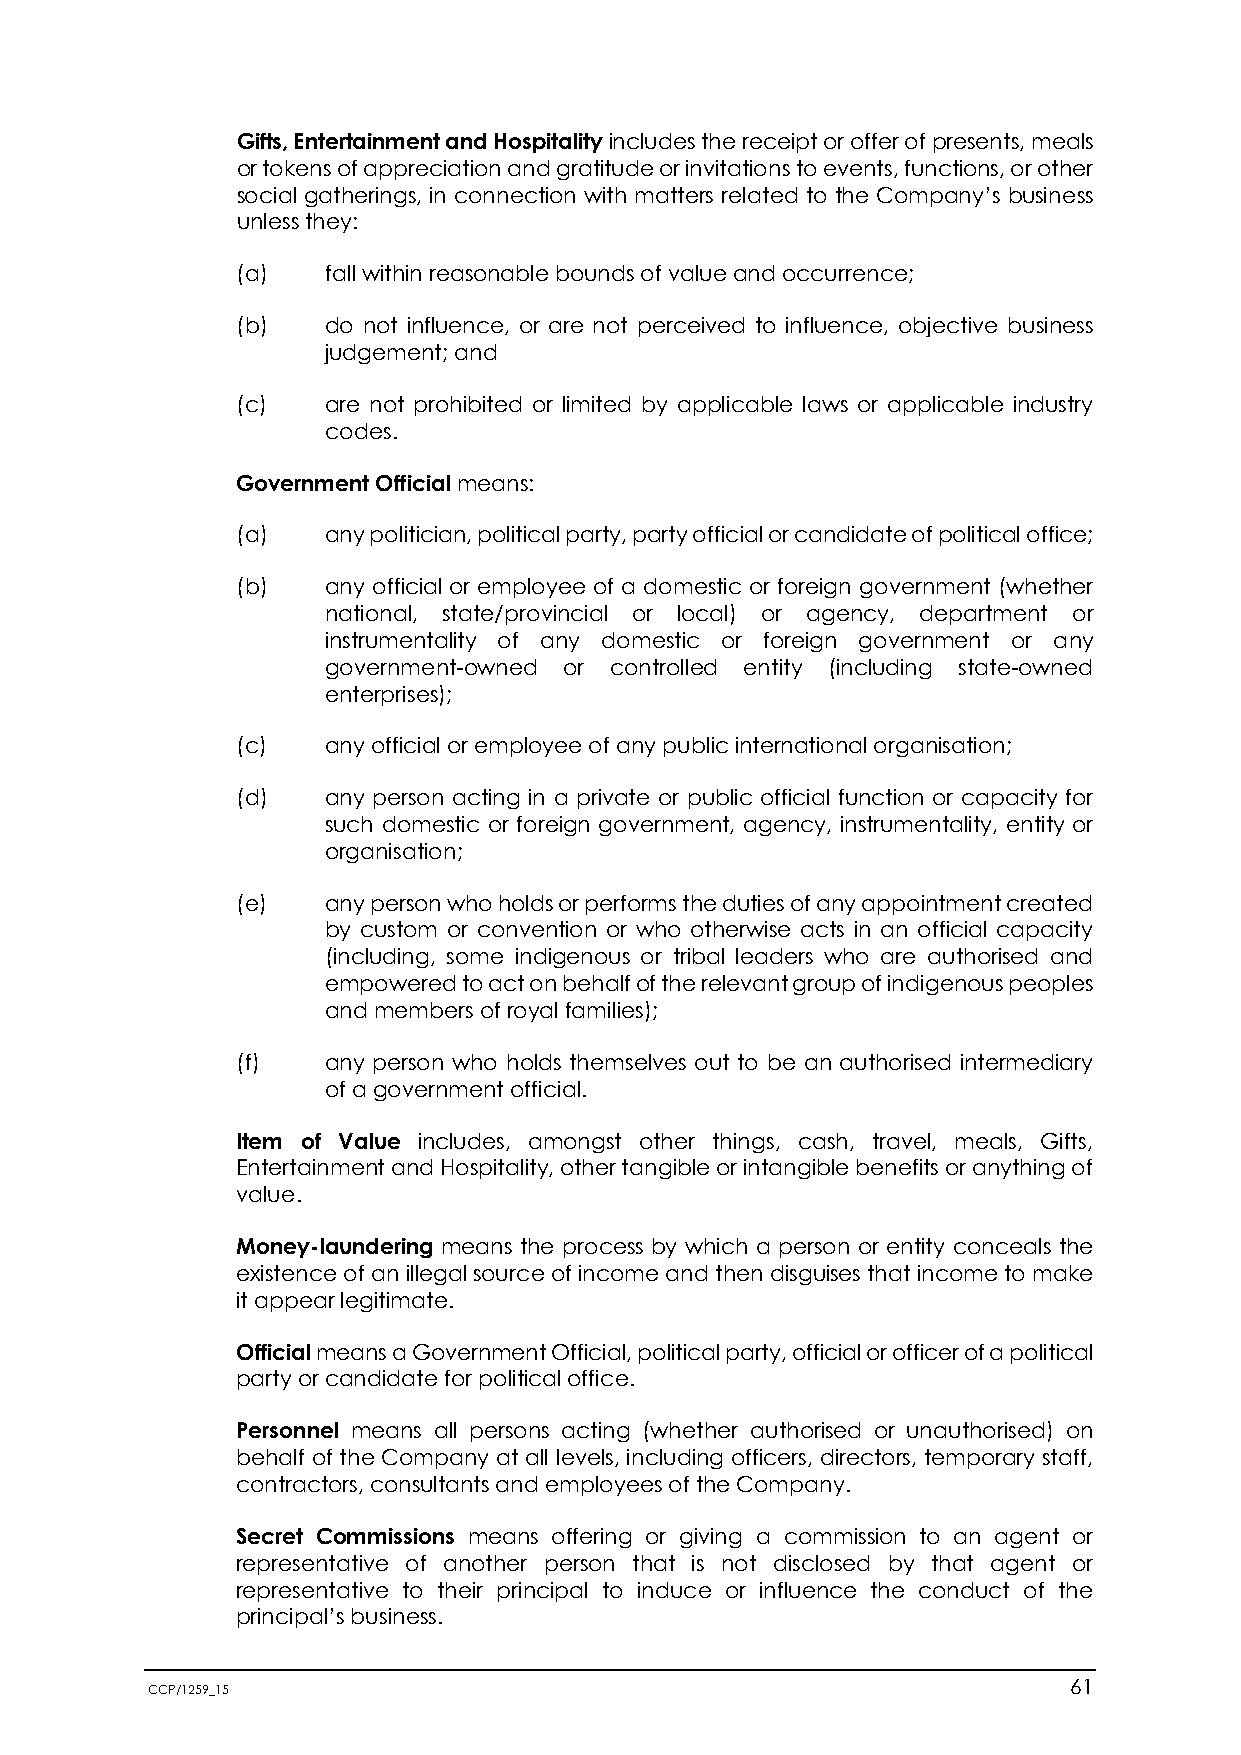
Gifts, Entertainment and Hospitality includes the receipt or offer of presents, meals
 or tokens of appreciation and gratitude or invitations to events, functions, or other
 social gatherings, in connection with matters related to the Company’s business
 unless they:
 (a)   fall within reasonable bounds of value and occurrence;
 (b)   do not influence, or are not perceived to influence, objective business
 judgement; and
 (c)   are not prohibited or limited by applicable laws or applicable industry
 codes.
 Government Official means:
 (a)   any politician, political party, party official or candidate of political office;
 (b)   any official or employee of a domestic or foreign government (whether
 national, state/provincial or local) or agency, department or
 instrumentality of any domestic or foreign government or any
 government-owned or controlled entity (including state-owned
 enterprises);
 (c)   any official or employee of any public international organisation;
 (d)   any person acting in a private or public official function or capacity for
 such domestic or foreign government, agency, instrumentality, entity or
 organisation;
 (e)   any person who holds or performs the duties of any appointment created
 by custom or convention or who otherwise acts in an official capacity
 (including, some indigenous or tribal leaders who are authorised and
 empowered to act on behalf of the relevant group of indigenous peoples
 and members of royal families);
 (f)   any person who holds themselves out to be an authorised intermediary
 of a government official.
 Item of Value includes, amongst other things, cash, travel, meals, Gifts,
 Entertainment and Hospitality, other tangible or intangible benefits or anything of
 value.
 Money-laundering means the process by which a person or entity conceals the
 existence of an illegal source of income and then disguises that income to make
 it appear legitimate.
 Official means a Government Official, political party, official or officer of a political
 party or candidate for political office.
 Personnel means all persons acting (whether authorised or unauthorised) on
 behalf of the Company at all levels, including officers, directors, temporary staff,
 contractors, consultants and employees of the Company.
 Secret Commissions means offering or giving a commission to an agent or
 representative of another person that is not disclosed by that agent or
 representative to their principal to induce or influence the conduct of the
 principal’s business.
 CCP/1259_15                                                  61